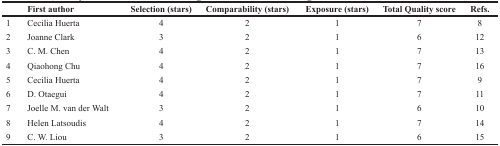
<table><thead><tr><td></td><td><b>First author</b></td><td><b>Selection (stars)</b></td><td><b>Comparability (stars)</b></td><td><b>Exposure (stars)</b></td><td><b>Total Quality score</b></td><td><b>Refs.</b></td></tr></thead><tbody><tr><td>1</td><td>Cecilia Huerta</td><td>4</td><td>2</td><td>1</td><td>7</td><td>8</td></tr><tr><td>2</td><td>Joanne Clark</td><td>3</td><td>2</td><td>1</td><td>6</td><td>12</td></tr><tr><td>3</td><td>C. M. Chen</td><td>4</td><td>2</td><td>1</td><td>7</td><td>13</td></tr><tr><td>4</td><td>Qiaohong Chu</td><td>4</td><td>2</td><td>1</td><td>7</td><td>16</td></tr><tr><td>5</td><td>Cecilia Huerta</td><td>4</td><td>2</td><td>1</td><td>7</td><td>9</td></tr><tr><td>6</td><td>D. Otaegui</td><td>4</td><td>2</td><td>1</td><td>7</td><td>11</td></tr><tr><td>7</td><td>Joelle M. van der Walt</td><td>3</td><td>2</td><td>1</td><td>6</td><td>10</td></tr><tr><td>8</td><td>Helen Latsoudis</td><td>4</td><td>2</td><td>1</td><td>7</td><td>14</td></tr><tr><td>9</td><td>C. W. Liou</td><td>3</td><td>2</td><td>1</td><td>6</td><td>15</td></tr></tbody></table>